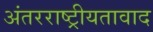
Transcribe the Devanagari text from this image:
अंतरराष्ट्रीयतावाद